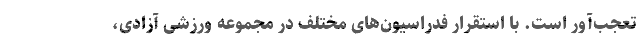
تعجب‌آور است. با استقرار فدراسیون‌های مختلف در مجموعه ورزشی آزادی،